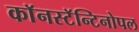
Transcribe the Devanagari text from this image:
काॅनस्टॅन्टिनोपल